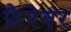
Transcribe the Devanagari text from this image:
फ़ैरेवर